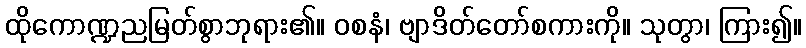
ထိုကောဏ္ဍညမြတ်စွာဘုရား၏။ ဝစနံ၊ ဗျာဒိတ်တော်စကားကို။ သုတွာ၊ ကြား၍။